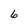
Character: 6